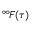
\, ^ { \infty } \! F ( \tau )